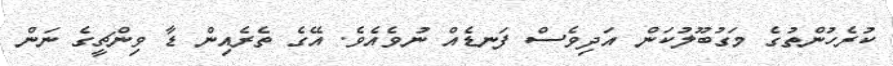
ކުރެހުންތުގެ މަގުބޫލުކަން އަދިވެސް ފަނޑެއް ނުވެއެވެ. އޭގެ ތެރެއިން ޑާ ވިންޗީގެ ނަން